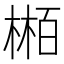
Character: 𬃴